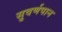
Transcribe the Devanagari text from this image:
सुवर्णपान